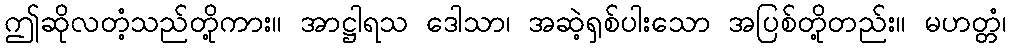
ဤဆိုလတံ့သည်တို့ကား။ အာဋ္ဌါရသ ဒေါသာ၊ အဆဲ့ရှစ်ပါးသော အပြစ်တို့တည်း။ မဟတ္တံ၊